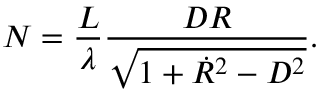
N = \frac { L } { \lambda } \frac { D R } { \sqrt { 1 + \dot { R } ^ { 2 } - D ^ { 2 } } } .